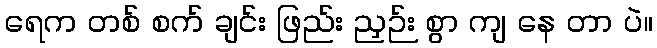
ရေက တစ် စက် ချင်း ဖြည်း ညှဉ်း စွာ ကျ နေ တာ ပဲ။